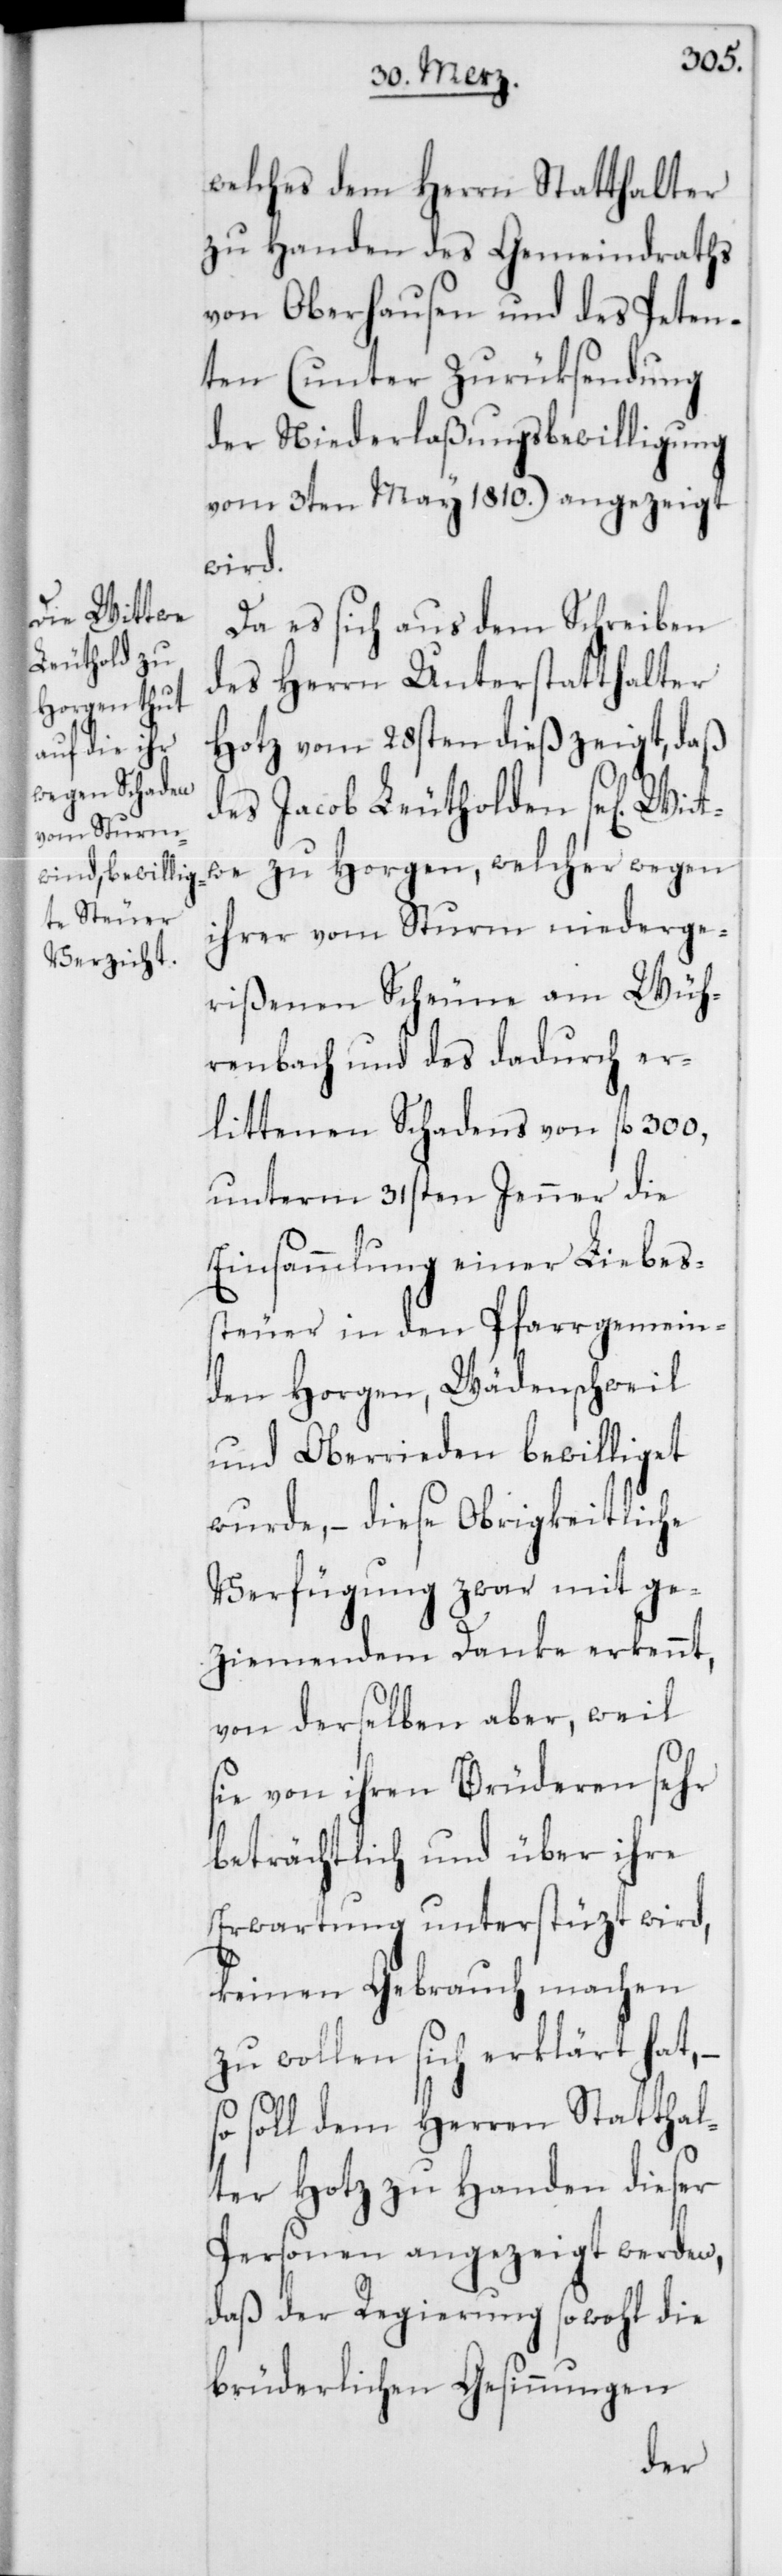
welches dem Herrn Statthalter
zu Handen des Gemeindraths
von Oberhausen und des Peten¬
ten (unter Zurüksendung
der Niederlaßungsbewilligung
vom 3ten May 1810.) angezeigt
wird.
Da es sich aus dem Schreiben
des Herrn Unterstatthalter
Hotz vom 28sten dieß zeigt, daß
des Jacob Leutholden se[lig] Wi¬
twe zu Horgen, welcher wegen
ihrer vom Sturm niederge¬
rißenen Scheune am Wüh¬
renbach und des dadurch er¬
littenen Schadens von fl. 300,
unterm 31sten Jenner die
Einsammlung einer Liebes¬
steuer in den Pfarrgemein¬
den Horgen, Wädenschweil
und Oberrieden bewilliget
wurde, – diese Obrigkeitliche
Verfügung zwar mit ge¬
ziemendem Danke erkennt,
von derselben aber, weil
sie von ihren Brüderen sehr
beträchtlich und über ihre
Erwartung unterstüzt wird,
keinen Gebrauch machen
zu wollen sich erklärt hat, –
so soll dem Herren Statthal¬
ter Hotz zu Handen dieser
Personen angezeigt werden,
daß der Regierung sowohl die
brüderlichen Gesinnungen